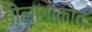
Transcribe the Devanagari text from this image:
बोल्शाकोव